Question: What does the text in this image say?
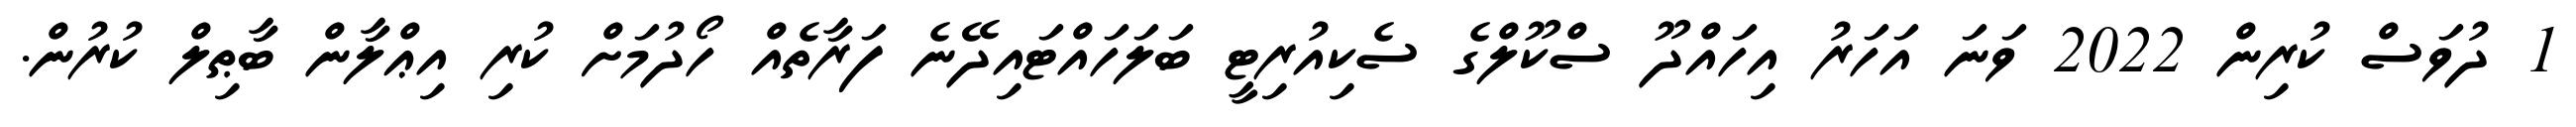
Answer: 1 ދުވަސް ކުރިން 2022 ވަނަ އަހަރު އިހައްދޫ ސްކޫލްގެ ސެކިއުރިޓީ ބަލަހައްޓައިދޭނެ ފަރާތެއް ހޯދުމަށް ކުރި އިޢްލާން ބާޠިލް ކުރުން.